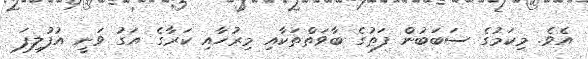
އެވެ. މިކަމުގެ ސަބަބުން ފަތުގެ ބާވަތްތަކާއި މިރުހާއި ކަރާގެ އަގު ވަނީ އުފުލިފަ